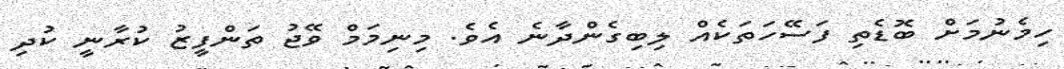
ހިމެނުމަށް ބޮޑެތި ފަސޭހަތަކެއް ލިބިގެންދާނެ އެވެ. މިނިމަމް ވޭޖު ތަންފީޒު ކުރާނީ ކުދި